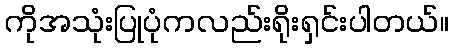
ကိုအသုံးပြုပုံကလည်းရိုးရှင်းပါတယ်။